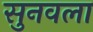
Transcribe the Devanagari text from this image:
सुनवला